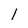
Character: l